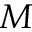
M